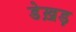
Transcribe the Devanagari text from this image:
डेख़ड़